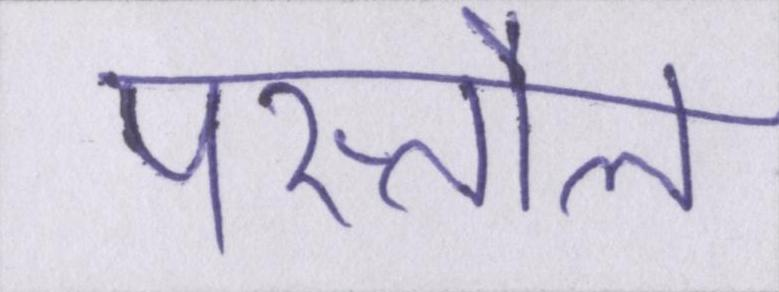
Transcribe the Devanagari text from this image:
पस्तौल